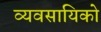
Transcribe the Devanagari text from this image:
व्यवसायिको